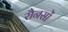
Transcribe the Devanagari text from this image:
रौनसों